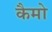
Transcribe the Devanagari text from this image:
कैमो